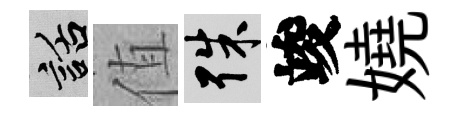
話值殊竣嬈